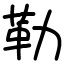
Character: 勒